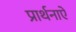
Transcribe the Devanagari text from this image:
प्रार्थनाऐं